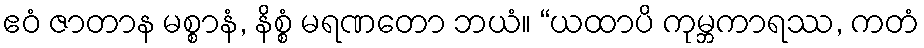
ဧဝံ ဇာတာန မစ္စာနံ, နိစ္စံ မရဏတော ဘယံ။ “ယထာပိ ကုမ္ဘကာရဿ, ကတံ